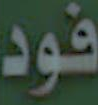
فود